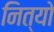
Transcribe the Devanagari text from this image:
नित्यो